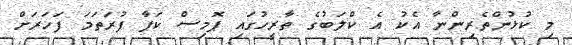
މި ކުޅުންތެރިންނާ އެކު އެ ކްލަބުގެ ތާރީހުގައި ޕޮމިސް ކަޕާ ފުރަތަމަ ފަހަރަށް